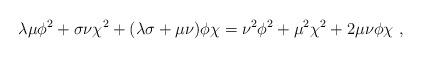
LaTeX: \begin{align*}\lambda\mu\phi^2+\sigma\nu\chi^2+(\lambda\sigma+\mu\nu)\phi\chi=\nu^2\phi^2+\mu^2\chi^2+2\mu\nu\phi\chi~,\end{align*}